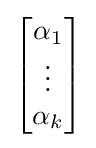
{\begin{bmatrix}\alpha _{1}\\\vdots \\\alpha _{k}\end{bmatrix}}